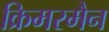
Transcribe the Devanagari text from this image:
क्रिमरमैन